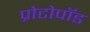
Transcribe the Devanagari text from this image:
प्रोटोपॉड